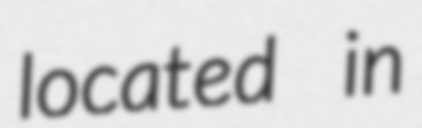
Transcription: located in